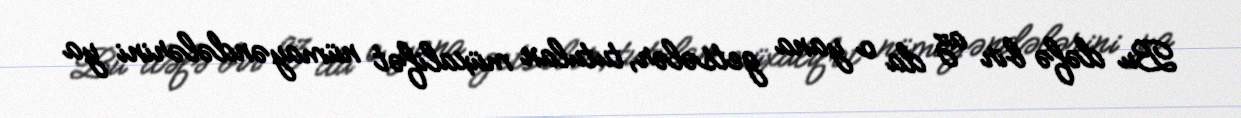
Bu dəfə bir az da o yana getsələr, tutulan müxalifət nümayəndələrini ya